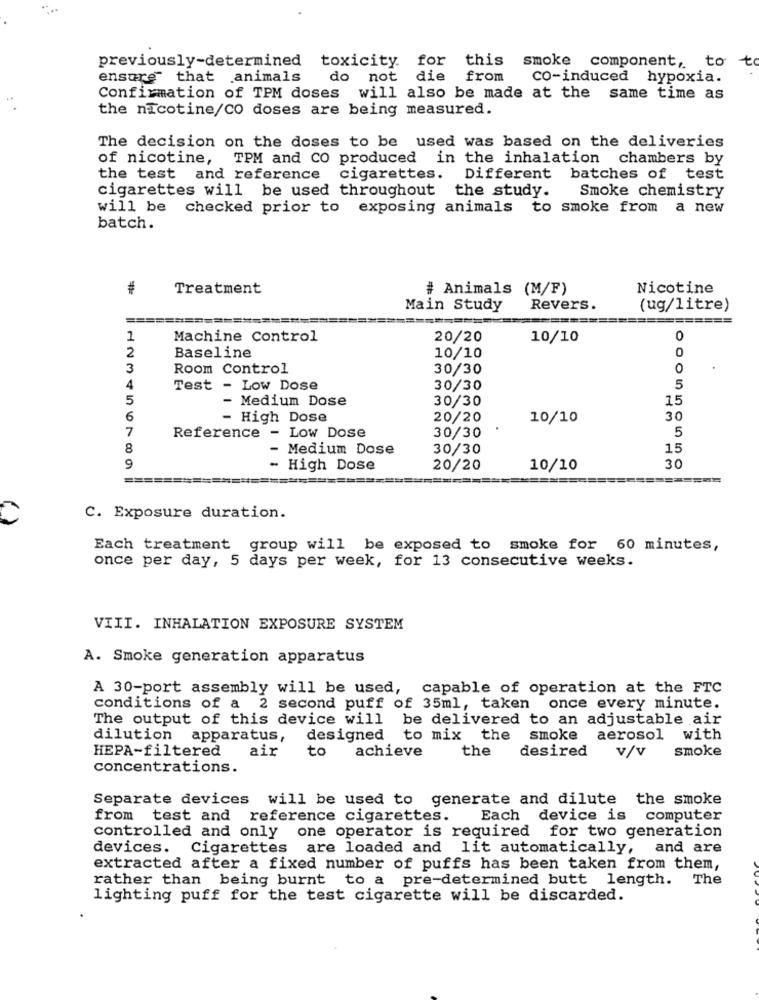
previously-determined toxicity. for
this smoke component, to
to
ensure that animals
do not die
from
CO-induced hypoxia.
Confirmation of TPM doses will also be made at the same time as
the nicotine/CO doses are being measured.
The decision on the doses to be used was based on the deliveries
of nicotine, TPM and CO produced in the inhalation chambers by
the test and reference cigarettes. Different batches of test
cigarettes will be used throughout the study.
Smoke chemistry
will be checked prior to exposing animals
to smoke from a new
batch.
Treatment
# Animals (M/F)
Nicotine
Main Study
Revers.
(ug/litre)
1
Machine Control
20/20
10/10
0
2
Baseline
10/10
3
Room Control
30/30
0
4
Test - Low Dose
30/30
5
5
- Medium Dose
30/30
15
6
- High Dose
20/20
10/10
30
7
Low Dose
5
Reference -
30/30
8
- Medium Dose
30/30
15
9
- High Dose
20/20
10/10
30
C. Exposure duration.
Each treatment group will be exposed to smoke for 60 minutes,
once per day, 5 days per week, for 13 consecutive weeks.
VIII. INHALATION EXPOSURE SYSTEM
A. Smoke generation apparatus
A 30-port assembly will be used, capable of operation at the FTC
conditions of a 2 second puff of 35ml, taken once every minute.
The output of this device will be delivered to an adjustable air
dilution apparatus, designed
to mix the smoke aerosol with
HEPA-filtered
air
to
achieve
the
desired
v/v
smoke
concentrations.
Separate devices will be used to generate and dilute the smoke
from test and reference cigarettes.
Each device is computer
controlled and only one operator is required for two generation
devices. Cigarettes are loaded and lit automatically, and are
extracted after a fixed number of puffs has been taken from them,
rather than being burnt to a pre-determined butt length. The
lighting puff for the test cigarette will be discarded.